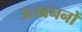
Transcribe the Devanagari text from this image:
उत्‍खननों